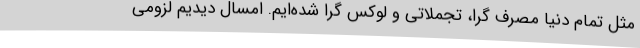
مثل تمام دنیا مصرف گرا، تجملاتی و لوکس گرا شده‌ایم. امسال دیدیم لزومی